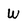
Character: W